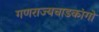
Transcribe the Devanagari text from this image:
गणराज्यचाडकांगो